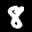
Label: 8